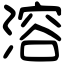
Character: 溶